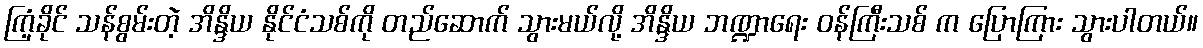
ကြံ့ခိုင် သန်စွမ်းတဲ့ အိန္ဒိယ နိုင်ငံသစ်ကို တည်ဆောက် သွားမယ်လို့ အိန္ဒိယ ဘဏ္ဍာရေး ဝန်ကြီးသစ် က ပြောကြား သွားပါတယ်။